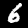
Digit: 6